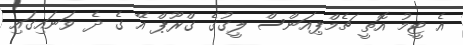
އެ ޓީމު އޮތީ ޗެމްޕިއަންސް ލީގުގެ ގްރޫޕް އޭ ގެ ދެ ވަނައިގައި